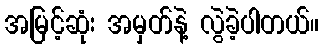
အမြင့်ဆုံး အမှတ်နဲ့ လွဲခဲ့ပါတယ်။